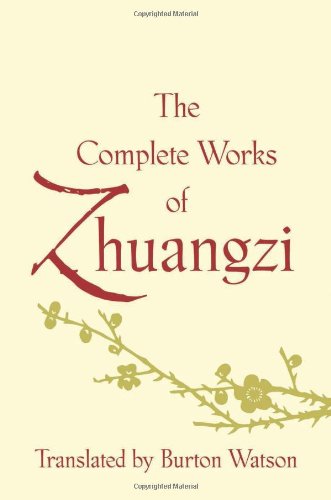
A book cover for The Complete Works of Zhuangzi (Translations from the Asian Classics); Literature & Fiction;